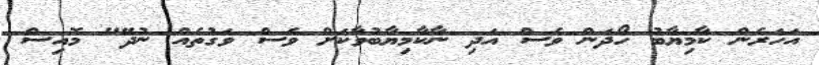
އަހަރެން ކާމިޔާބު ހޯދަން ވެސް އަދި ނާކާމިޔާބުވާކަށް ވެސް ވަގުތެއް ނުދޭ" މޮއިސް